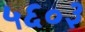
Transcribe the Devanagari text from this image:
५६०३